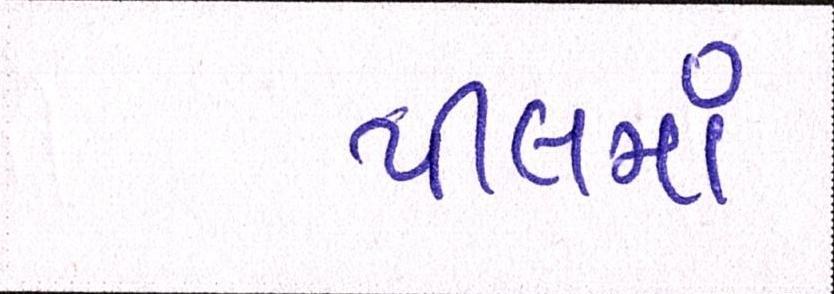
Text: પીલમાં